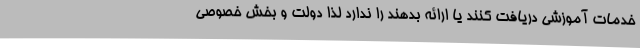
خدمات آموزشی دریافت کنند یا ارائه بدهند را ندارد لذا دولت و بخش خصوصی